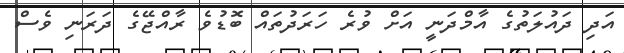
އަދި ދައުލަތުގެ އާމްދަނީ އަށް ވުރެ ހަރަދުތައް ބޮޑުވެ ރާއްޖޭގެ ދަރަނި ވެސް